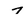
Character: 7